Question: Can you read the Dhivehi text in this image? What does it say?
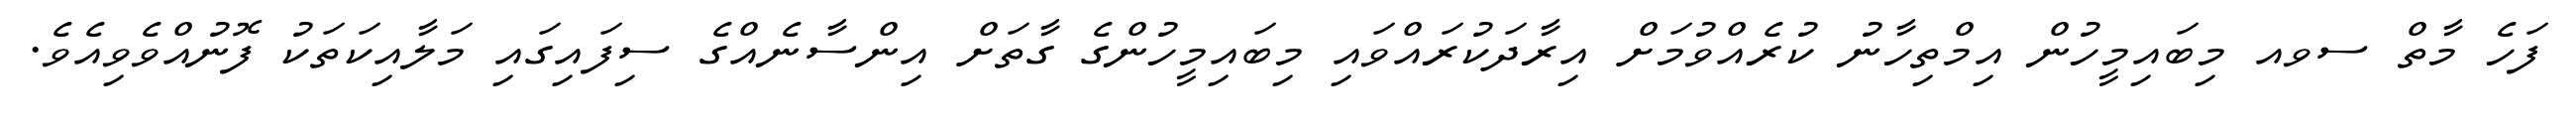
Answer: ފަހެ މާތް ސވއ މިބައިމީހުން އިމްތިހާނު ކުރެއްވުމަށް އިރާދަކުރައްވައި މިބައިމީހުންގެ ގާތަށް އިންސާނެއްގެ ސިފައިގައި މަލާއިކަތަކު ފޮނުއްވެވިއެވެ.